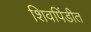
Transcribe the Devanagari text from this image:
शिवपिंडीत